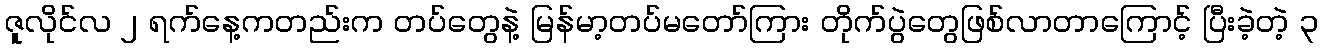
ဇူလိုင်လ ၂ ရက်နေ့ကတည်းက တပ်တွေနဲ့ မြန်မာ့တပ်မတော်ကြား တိုက်ပွဲတွေဖြစ်လာတာကြောင့် ပြီးခဲ့တဲ့ ၃